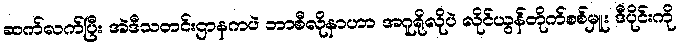
ဆက်လက်ပြီး အဲဒီသတင်းဌာနကပဲ ဘာစီလိုနာဟာ အဂူရိုလိုပဲ လိုင်ယွန်တိုက်စစ်မှူး ဒီပိုင်းကို